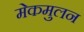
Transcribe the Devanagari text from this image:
मेकमुलन